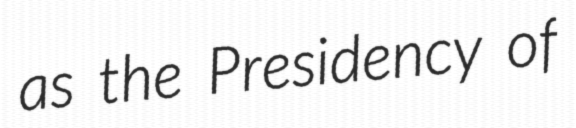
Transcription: as the Presidency of